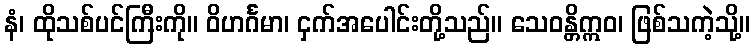
နံ၊ ထိုသစ်ပင်ကြီးကို။ ဝိဟင်္ဂမာ၊ ငှက်အပေါင်းတို့သည်။ သေဝန္တိဣဝ၊ ဖြစ်သကဲ့သို့။